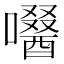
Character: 𡂜